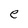
Character: e